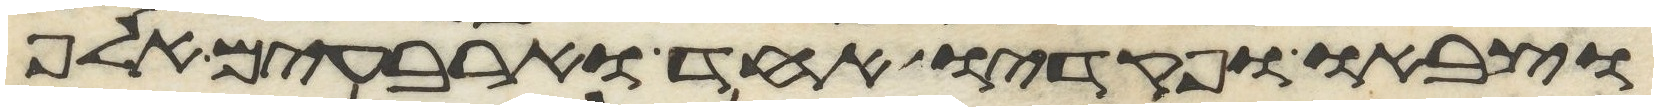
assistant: וצבאו ופקדיו אחד וארבעים אלף